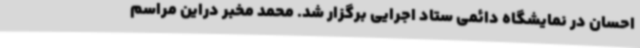
احسان در نمایشگاه دائمی ستاد اجرایی برگزار شد. محمد مخبر دراین مراسم